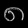
Digit: ၈